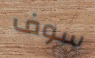
سوف